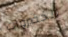
الخضروات